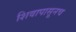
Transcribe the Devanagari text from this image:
शिवापासूनच